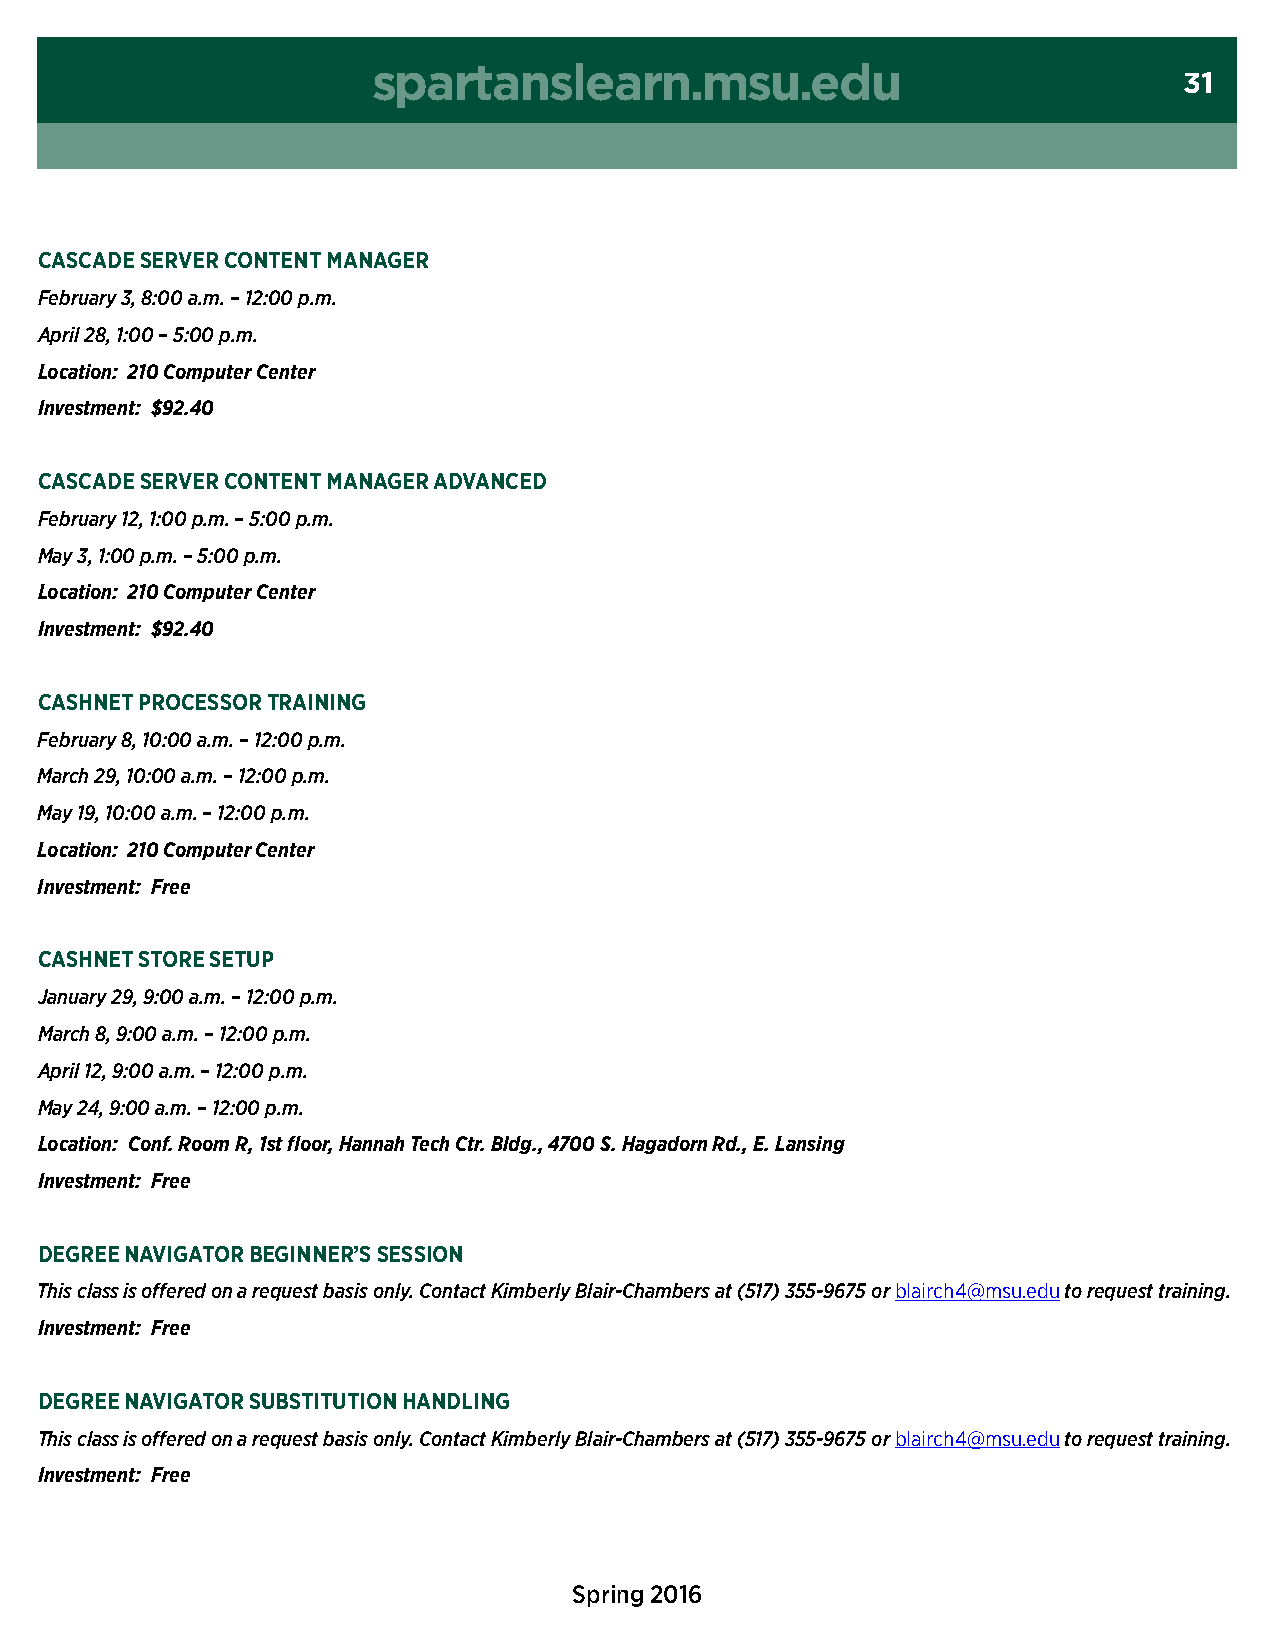
spartanslearn.msu.edu
 31
 cascade server cOntent Manager
 February 3, 8:00 a.m. – 12:00 p.m.
 April 28, 1:00 – 5:00 p.m.
 Location: 210 Computer Center
 Investment: $92.40
 cascade server cOntent Manager advanced
 February 12, 1:00 p.m. – 5:00 p.m.
 May 3, 1:00 p.m. – 5:00 p.m.
 Location: 210 Computer Center
 Investment: $92.40
 casHnet PrOcessOr training
 February 8, 10:00 a.m. – 12:00 p.m.
 March 29, 10:00 a.m. – 12:00 p.m.
 May 19, 10:00 a.m. – 12:00 p.m.
 Location: 210 Computer Center
 Investment: Free
 casHnet stOre setUP
 January 29, 9:00 a.m. – 12:00 p.m.
 March 8, 9:00 a.m. – 12:00 p.m.
 April 12, 9:00 a.m. – 12:00 p.m.
 May 24, 9:00 a.m. – 12:00 p.m.
 Location: Conf. Room R, 1st floor, Hannah Tech Ctr. Bldg., 4700 S. Hagadorn Rd., E. Lansing
 Investment: Free
 degree navigatOr Beginner’s sessiOn
 This class is offered on a request basis only. Contact Kimberly Blair-Chambers at (517) 355-9675 or blairch4@msu.edu to request training.
 Investment: Free
 degree navigatOr sUBstitUtiOn Handling
 This class is offered on a request basis only. Contact Kimberly Blair-Chambers at (517) 355-9675 or blairch4@msu.edu to request training.
 Investment: Free
 Spring 2016